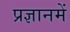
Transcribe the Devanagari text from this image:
प्रज्ञानमें